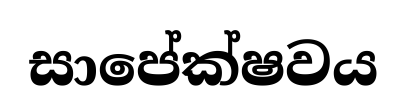
සාපේක්ෂවය